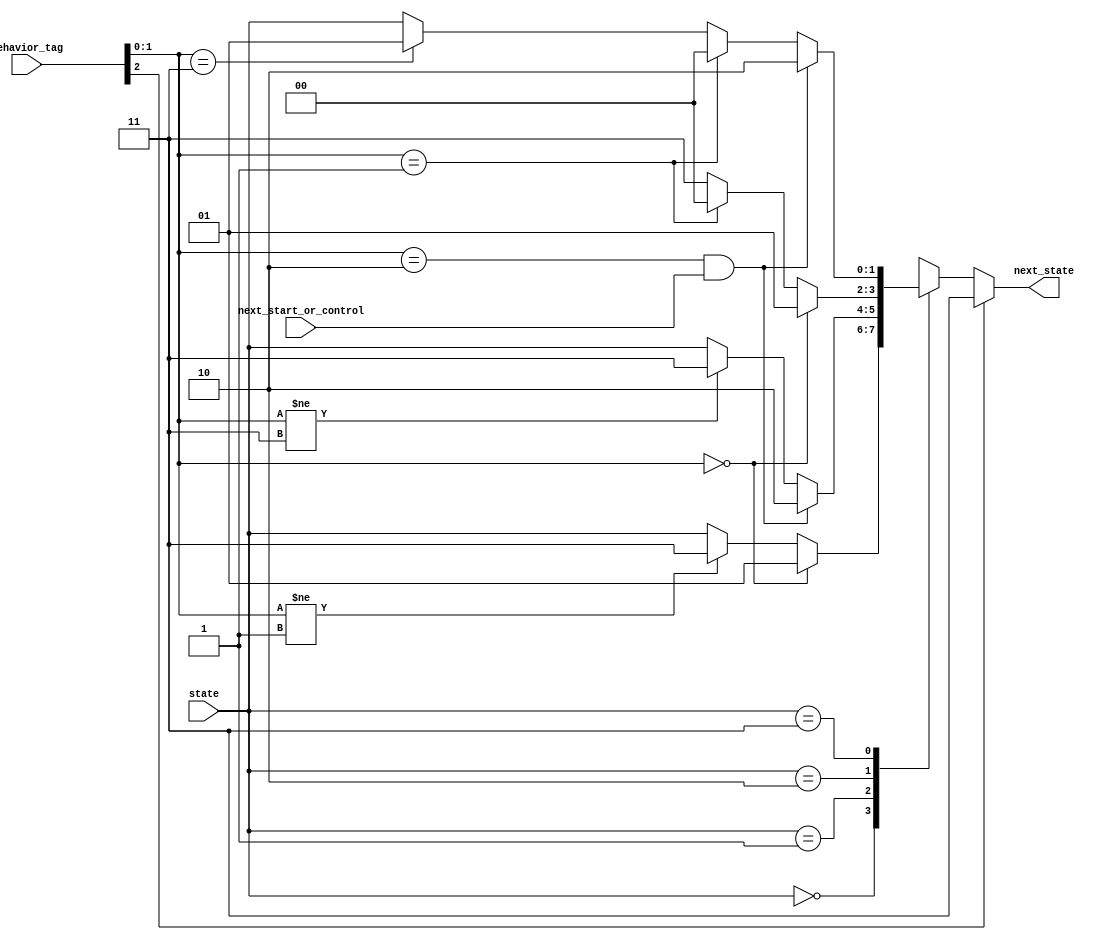
// (C) 2001-2016 Altera Corporation. All rights reserved.
// Your use of Altera Corporation's design tools, logic functions and other 
// software and tools, and its AMPP partner logic functions, and any output 
// files any of the foregoing (including device programming or simulation 
// files), and any associated documentation or information are expressly subject 
// to the terms and conditions of the Altera Program License Subscription 
// Agreement, Altera MegaCore Function License Agreement, or other applicable 
// license agreement, including, without limitation, that your use is for the 
// sole purpose of programming logic devices manufactured by Altera and sold by 
// Altera or its authorized distributors.  Please refer to the applicable 
// agreement for further details.


// $Id: $
// $Revision: $
// $Date: $
// $Author: $
//-----------------------------------------------------------------------------

`timescale 1 ps / 1 ps
// Copyright 2009 Altera Corporation. All rights reserved.  
// Altera products are protected under numerous U.S. and foreign patents, 
// maskwork rights, copyrights and other intellectual property laws.  
//
// This reference design file, and your use thereof, is subject to and governed
// by the terms and conditions of the applicable Altera Reference Design 
// License Agreement (either as signed by you or found at www.altera.com).  By
// using this reference design file, you indicate your acceptance of such terms
// and conditions between you and Altera Corporation.  In the event that you do
// not agree with such terms and conditions, you may not use the reference 
// design file and please promptly destroy any copies you have made.
//
// This reference design file is being provided on an "as-is" basis and as an 
// accommodation and therefore all warranties, representations or guarantees of 
// any kind (whether express, implied or statutory) including, without 
// limitation, warranties of merchantability, non-infringement, or fitness for
// a particular purpose, are specifically disclaimed.  By making this reference
// design file available, Altera expressly does not recommend, suggest or 
// require that this reference design file be used in combination with any 
// other product not provided by Altera.
/////////////////////////////////////////////////////////////////////////////

// baeckler - 01-15-2009
// MII encode next state logic

module sim_block_decoder_ns (
	input [1:0] state,
	
	input next_start_or_control,
	input [2:0] behavior_tag,		// 1xx error
										// 0 start
										// 1 control
										// 2 terminating
										// 3 data
	output reg [1:0] next_state	
);

localparam 	RX_C = 2'd0,
			RX_D = 2'd1,
			RX_T = 2'd2,
			RX_E = 2'd3;

localparam START = 2'd0,
			CONTROL = 2'd1,
			TERMINATE = 2'd2,
			DATA = 2'd3;

always @(*) begin	
	if (behavior_tag[2]) next_state = RX_E;
	else begin
		next_state = state;
		case (state)
			RX_C: begin
				if (behavior_tag[1:0] == START) next_state = RX_D;
				else if (behavior_tag[1:0] != CONTROL) next_state = RX_E;
			end
			RX_D : begin
				if (behavior_tag[1:0] == TERMINATE &&
					next_start_or_control) next_state = RX_T;
				else if (behavior_tag[1:0] != DATA) next_state = RX_E;				
			end
			RX_T : begin
				if (behavior_tag[1:0] == START) next_state = RX_D;
				else if (behavior_tag[1:0] == CONTROL) next_state = RX_C;				
				else next_state = RX_E;
			end
			RX_E : begin
				if (behavior_tag[1:0] == TERMINATE &&
					next_start_or_control) next_state = RX_T;
				else if (behavior_tag[1:0] == CONTROL) next_state = RX_C;				
				else if (behavior_tag[1:0] == DATA) next_state = RX_D;				
			end
			default : next_state = state;	// LEDA
		endcase
	end		
end

endmodule

// BENCHMARK INFO :  5SGXEA7N2F45C2
// BENCHMARK INFO :  Max depth :  1.0 LUTs
// BENCHMARK INFO :  Total registers : 0
// BENCHMARK INFO :  Total pins : 8
// BENCHMARK INFO :  Total virtual pins : 0
// BENCHMARK INFO :  Total block memory bits : 0
// BENCHMARK INFO :  Comb ALUTs :                         ; 3               ;       ;
// BENCHMARK INFO :  ALMs : 3 / 234,720 ( < 1 % )